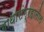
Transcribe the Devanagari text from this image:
गाथासंग्रहातील